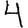
Digit: 4